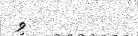
ވި